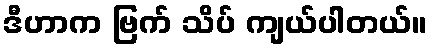
ဒီဟာက ဗြက် သိပ် ကျယ်ပါတယ်။